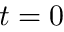
t = 0